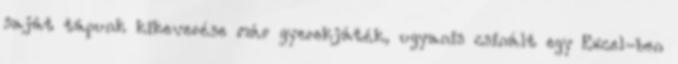
saját tápunk kikeverése már gyerekjáték, ugyanis csinált egy Excel-ben